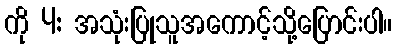
ကို 4: အသုံးပြုသူအကောင့်သို့ပြောင်းပါ။